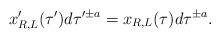
LaTeX: \begin{align*}x'_{R,L} (\tau') d \tau'^{\pm a} = x_{R,L}(\tau) d \tau ^{\pm a}.\end{align*}